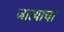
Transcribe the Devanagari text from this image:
जात्याचा